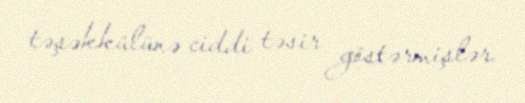
təşəkkülünə ciddi təsir göstərmişlər.